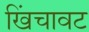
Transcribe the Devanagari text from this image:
खिंचावट